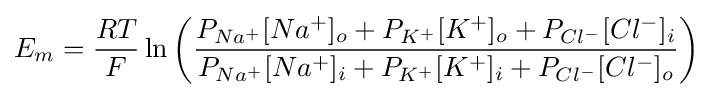
E_{m}={\frac {RT}{F}}\ln {\left({\frac {P_{Na^{+}}[Na^{+}]_{o}+P_{K^{+}}[K^{+}]_{o}+P_{Cl^{-}}[Cl^{-}]_{i}}{P_{Na^{+}}[Na^{+}]_{i}+P_{K^{+}}[K^{+}]_{i}+P_{Cl^{-}}[Cl^{-}]_{o}}}\right)}